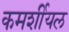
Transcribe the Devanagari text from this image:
कमर्शीयल